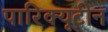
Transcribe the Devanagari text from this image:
पारिक्यूटीन